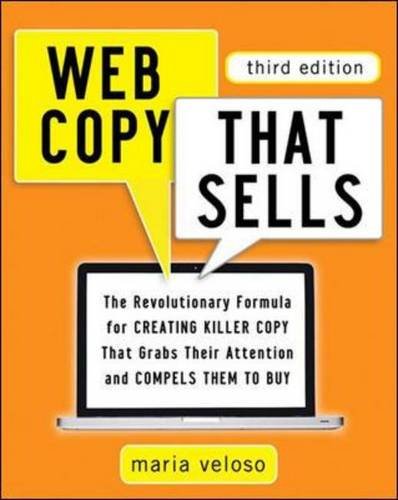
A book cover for Web Copy That Sells: The Revolutionary Formula for Creating Killer Copy That Grabs Their Attention and Compels Them to Buy; Maria Veloso; Computers & Technology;